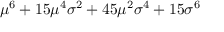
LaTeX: \mu ^ { 6 } + 1 5 \mu ^ { 4 } \sigma ^ { 2 } + 4 5 \mu ^ { 2 } \sigma ^ { 4 } + 1 5 \sigma ^ { 6 }